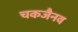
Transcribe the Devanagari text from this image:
चकजैनव